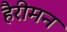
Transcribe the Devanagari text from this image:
हैरीमन